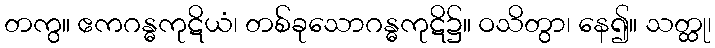
တကွ။ ဧကဂန္ဓကုဋိယံ၊ တစ်ခုသောဂန္ဓကုဋိ၌။ ဝသိတွာ၊ နေ၍။ သတ္ထု၊